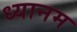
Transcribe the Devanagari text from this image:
ध्यानम